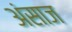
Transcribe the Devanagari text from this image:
अंसाज